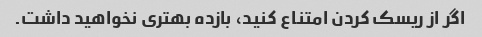
اگر از ریسک کردن امتناع کنید، بازده بهتری نخواهید داشت.